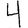
Digit: 4